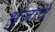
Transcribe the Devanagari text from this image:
भुजांचे